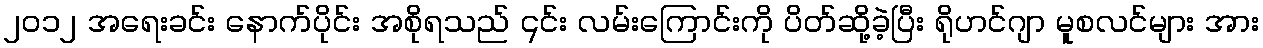
၂၀၁၂ အရေးခင်း နောက်ပိုင်း အစိုရသည် ၎င်း လမ်းကြောင်းကို ပိတ်ဆို့ခဲ့ပြီး ရိုဟင်ဂျာ မူစလင်များ အား